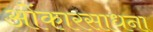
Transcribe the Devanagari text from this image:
ओंकारसाधना